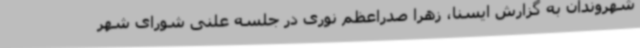
شهروندان به گزارش ایسنا، زهرا صدراعظم نوری در جلسه علنی شورای شهر